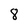
Character: 8